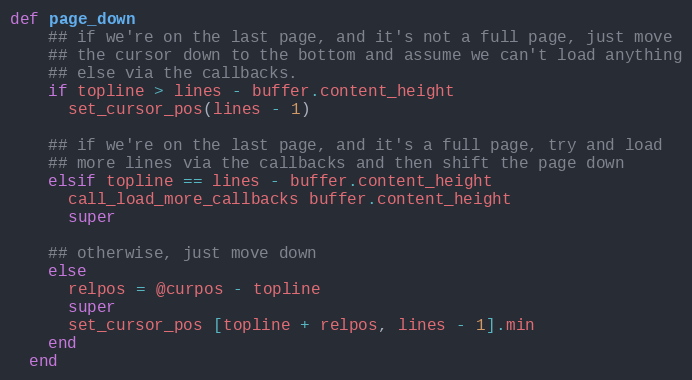
Language: Ruby
def page_down
    ## if we're on the last page, and it's not a full page, just move
    ## the cursor down to the bottom and assume we can't load anything
    ## else via the callbacks.
    if topline > lines - buffer.content_height
      set_cursor_pos(lines - 1)

    ## if we're on the last page, and it's a full page, try and load
    ## more lines via the callbacks and then shift the page down
    elsif topline == lines - buffer.content_height
      call_load_more_callbacks buffer.content_height
      super

    ## otherwise, just move down
    else
      relpos = @curpos - topline
      super
      set_cursor_pos [topline + relpos, lines - 1].min
    end
  end